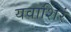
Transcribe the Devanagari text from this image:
यवाशिरं